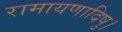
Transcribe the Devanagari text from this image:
रामायणादिषु।